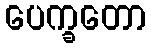
ပေက္ခတော